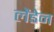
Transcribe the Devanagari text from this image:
लेंडेन